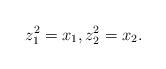
LaTeX: \begin{align*}z^2_1=x_1, z_2^2=x_2.\end{align*}